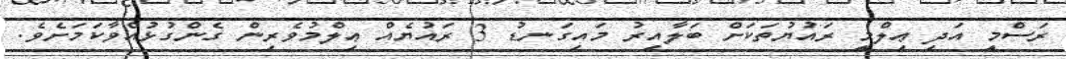
ރަސްމީ އަދި ޢިލްމީ ރައުޔުތަކަށް ބަލާއިރު މައިގަނޑު 3 ރައުޔެއް ޢިލްމުވެރިން ގެންގުޅުއްވާކަމަށެވެ.